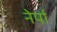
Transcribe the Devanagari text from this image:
नेर्पा